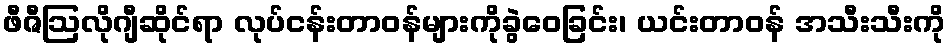
ဖီဇီဩလိုဂျီဆိုင်ရာ လုပ်ငန်းတာဝန်များကိုခွဲဝေခြင်း၊ ယင်းတာဝန် အသီးသီးကို